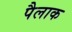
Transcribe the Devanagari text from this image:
पैलाक